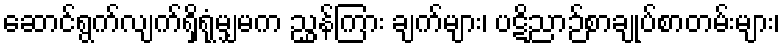
ဆောင်ရွက်လျက်ရှိရုံမျှမက ညွှန်ကြား ချက်များ၊ ပဋိညာဉ်စာချုပ်စာတမ်းများ၊